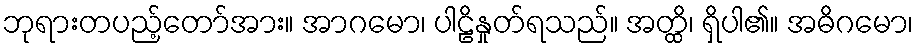
ဘုရားတပည့်တော်အား။ အာဂမော၊ ပါဠိနှုတ်ရသည်။ အတ္ထိ၊ ရှိပါ၏။ အဓိဂမော၊